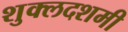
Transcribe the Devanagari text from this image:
शुक्लदशमी